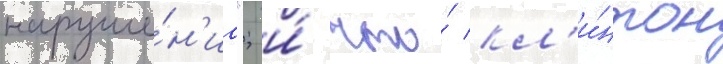
наруше́н'иа"; и́ что́ кл'и́нтон